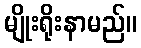
မျိုးရိုးနာမည်။